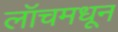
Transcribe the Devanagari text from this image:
लॉचमधून